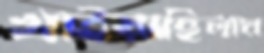
খাইয়াছিলাম